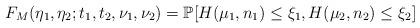
LaTeX: \begin{align*}F_M(\eta_1, \eta_2;t_1,t_2, \nu_1, \nu_2)=\mathbb{P}[H(\mu_1,n_1)\le\xi_1,H(\mu_2,n_2)\le\xi_2]\end{align*}